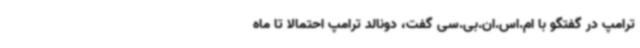
ترامپ در گفتگو با ام.اس.ان.بی.سی گفت، دونالد ترامپ احتمالا تا ماه